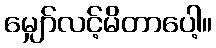
မျှော်လင့်မိတာပေါ့။